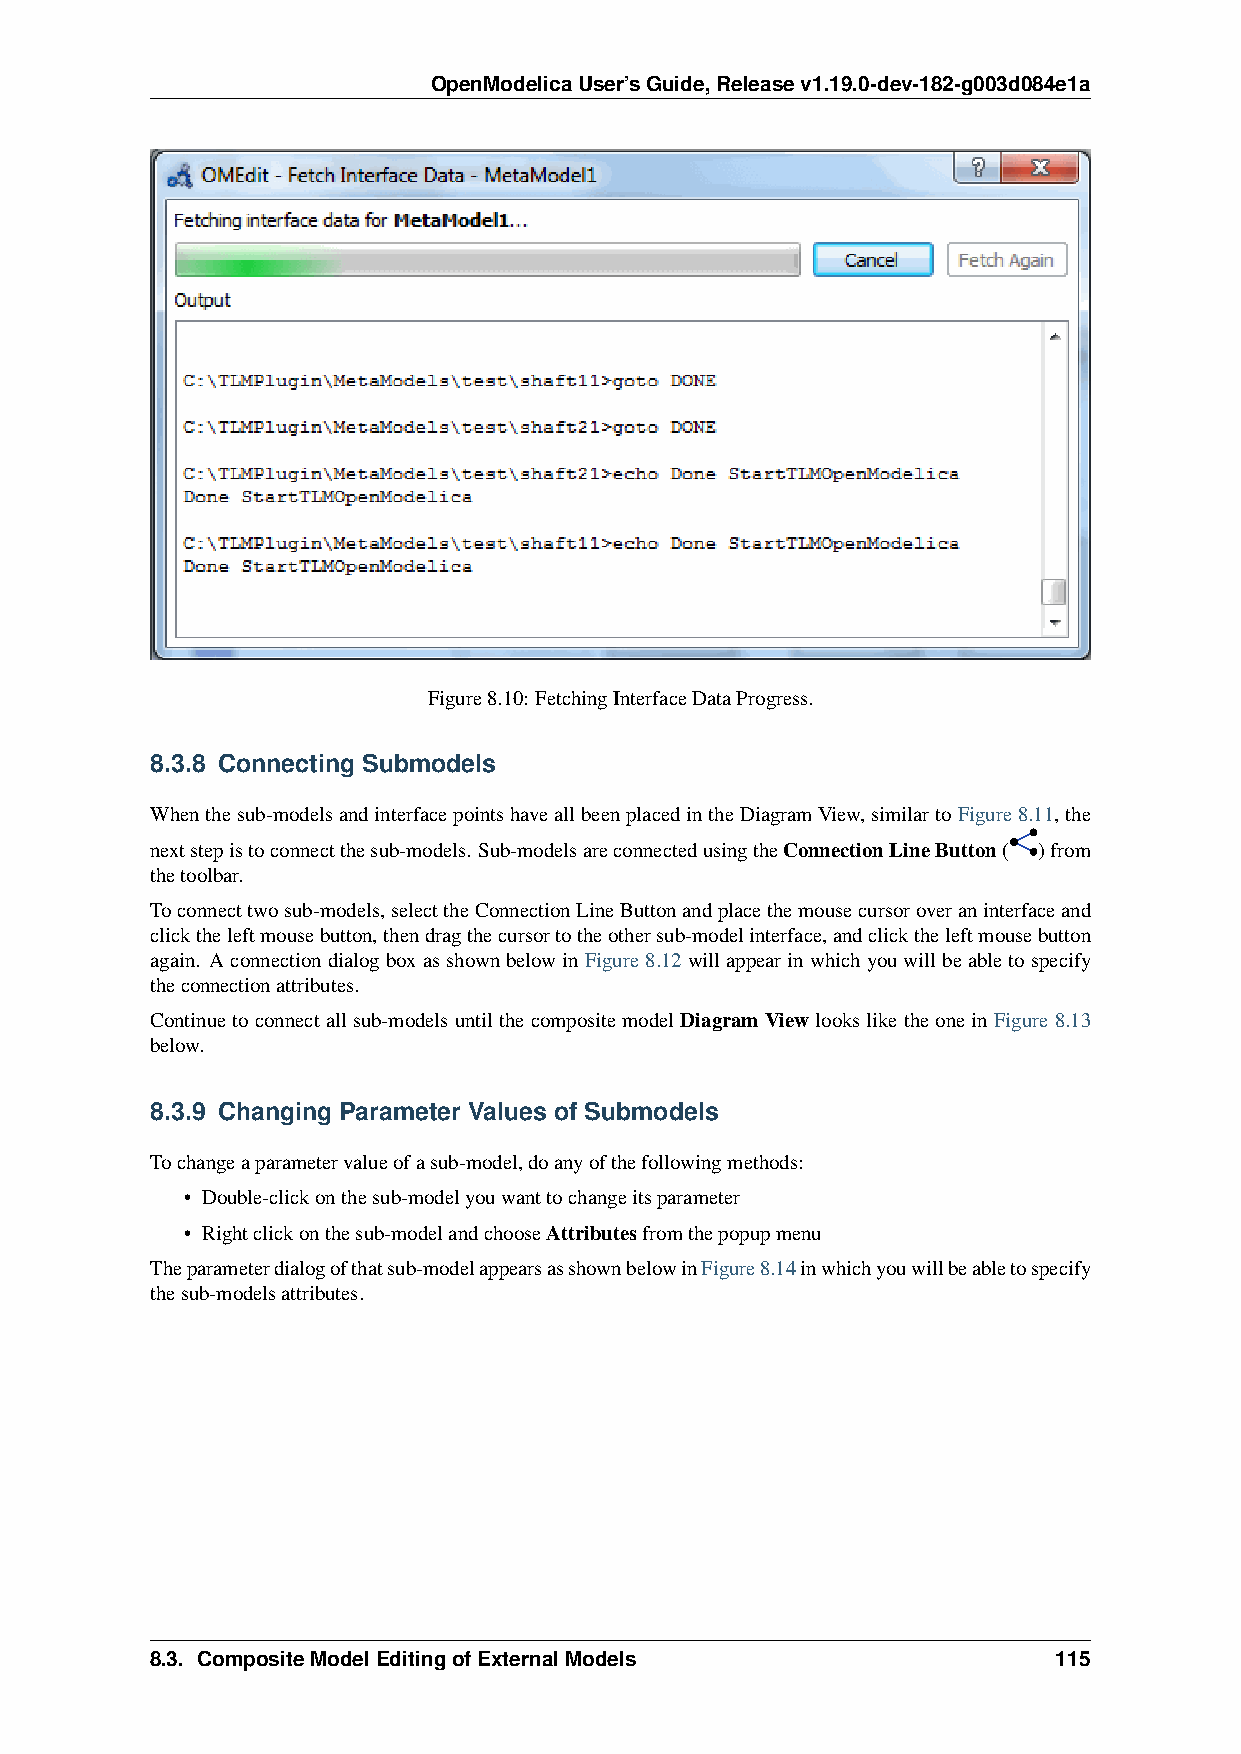
OpenModelicaUser’sGuide,Releasev1.19.0-dev-182-g003d084e1a
 Figure8.10: FetchingInterfaceDataProgress.
 8.3.8 Connecting Submodels
 Whenthesub-modelsandinterfacepointshaveallbeenplacedintheDiagramView,similartoFigure8.11,the
 nextstepistoconnectthesub-models. Sub-modelsareconnectedusingtheConnectionLineButton( )from
 thetoolbar.
 Toconnecttwosub-models,selecttheConnectionLineButtonandplacethemousecursoroveraninterfaceand
 clicktheleftmousebutton,thendragthecursortotheothersub-modelinterface,andclicktheleftmousebutton
 again. AconnectiondialogboxasshownbelowinFigure8.12willappearinwhichyouwillbeabletospecify
 theconnectionattributes.
 Continuetoconnectallsub-modelsuntilthecompositemodelDiagramViewlooksliketheoneinFigure8.13
 below.
 8.3.9 Changing Parameter Values of Submodels
 Tochangeaparametervalueofasub-model,doanyofthefollowingmethods:
 • Double-clickonthesub-modelyouwanttochangeitsparameter
 • Rightclickonthesub-modelandchooseAttributesfromthepopupmenu
 Theparameterdialogofthatsub-modelappearsasshownbelowinFigure8.14inwhichyouwillbeabletospecify
 thesub-modelsattributes.
 8.3. CompositeModelEditingofExternalModels                  115